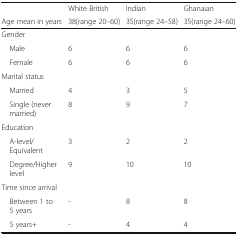
<table><thead><tr><td></td><td><b>White British</b></td><td><b>Indian</b></td><td><b>Ghanaian</b></td></tr><tr><td><b>Age mean in years</b></td><td><b>38(range 20–60)</b></td><td><b>35(range 24–58)</b></td><td><b>35(range 24–60)</b></td></tr></thead><tbody><tr><td colspan="4">Gender</td></tr><tr><td> Male</td><td>6</td><td>6</td><td>6</td></tr><tr><td> Female</td><td>6</td><td>6</td><td>6</td></tr><tr><td colspan="4">Marital status</td></tr><tr><td> Married</td><td>4</td><td>3</td><td>5</td></tr><tr><td> Single (never married)</td><td>8</td><td>9</td><td>7</td></tr><tr><td colspan="4">Education</td></tr><tr><td> A-level/Equivalent</td><td>3</td><td>2</td><td>2</td></tr><tr><td> Degree/Higher level</td><td>9</td><td>10</td><td>10</td></tr><tr><td colspan="4">Time since arrival</td></tr><tr><td> Between 1 to 5 years</td><td>-</td><td>8</td><td>8</td></tr><tr><td> 5 years+</td><td>-</td><td>4</td><td>4</td></tr></tbody></table>